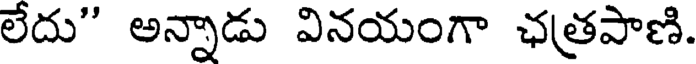
లేదు" అన్నాడు వినయంగా ఛత్రపాణి.